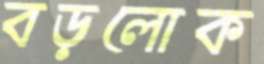
বড়লোক